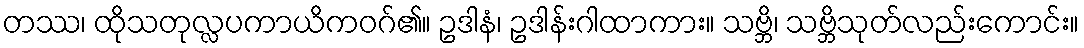
တဿ၊ ထိုသတုလ္လပကာယိကဝဂ်၏။ ဥဒါနံ၊ ဥဒါန်းဂါထာကား။ သဗ္ဘိ၊ သဗ္ဘိသုတ်လည်းကောင်း။